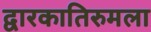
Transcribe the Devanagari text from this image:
द्वारकातिरुमला